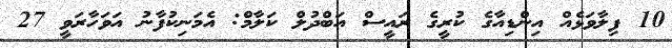
10 ފިލާވަޅެއް އިންޑިއާގެ ކުރީގެ ރައީސް އަބްދުލް ކަލާމް: އެމަނިކުފާނު އަވަހާރަވީ 27